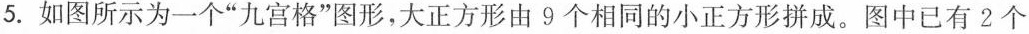
5.如图所示为一个“九宫格”图形，大正方形由9个相同的小正方形拼成。图中已有2个